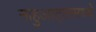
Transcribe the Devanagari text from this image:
नाहुआट्लमध्ये